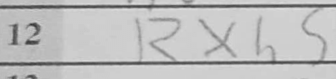
Transcription: Rxh5